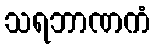
သရဘာဏကံ